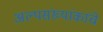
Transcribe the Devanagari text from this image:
अल्पसंख्यांकांचे